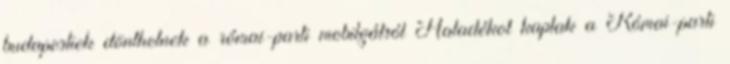
budapestiek dönthetnek a római-parti mobilgátról Haladékot kaptak a Római-parti